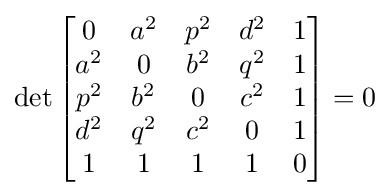
\det {\begin{bmatrix}0&a^{2}&p^{2}&d^{2}&1\\a^{2}&0&b^{2}&q^{2}&1\\p^{2}&b^{2}&0&c^{2}&1\\d^{2}&q^{2}&c^{2}&0&1\\1&1&1&1&0\end{bmatrix}}=0